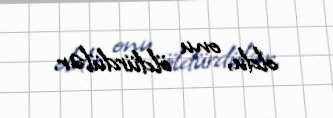
oldu, onu öldürdülər.